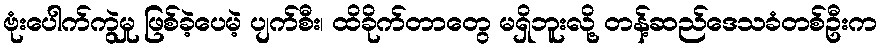
ဗုံးပေါက်ကွဲမှု ဖြစ်ခဲ့ပေမဲ့ ပျက်စီး၊ ထိခိုက်တာတွေ မရှိဘူးလို့ တန့်ဆည်ဒေသခံတစ်ဦးက